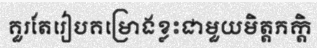
គួរតែរៀបគម្រោងខ្លះជាមួយមិត្តភក្តិ